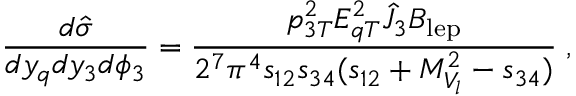
{ \frac { d \hat { \sigma } } { d y _ { q } d y _ { 3 } d \phi _ { 3 } } } = { \frac { p _ { 3 T } ^ { 2 } E _ { q T } ^ { 2 } \hat { \cal J } _ { 3 } { \cal B } _ { \mathrm { l e p } } } { 2 ^ { 7 } \pi ^ { 4 } s _ { 1 2 } s _ { 3 4 } ( s _ { 1 2 } + M _ { V _ { l } } ^ { 2 } - s _ { 3 4 } ) } } \; ,